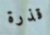
قذرة